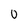
Character: 0